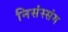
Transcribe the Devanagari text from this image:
निसंस्संग